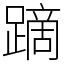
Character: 蹢